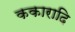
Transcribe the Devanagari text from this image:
ककारादि